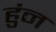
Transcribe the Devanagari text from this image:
हुंन